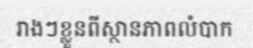
រាងៗខ្លួនពីស្ថានភាពលំបាក